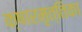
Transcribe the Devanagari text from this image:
क्षारमृत्तिका